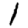
Digit: 1